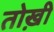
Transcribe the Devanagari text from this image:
तोख़ी